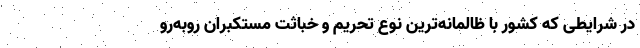
در شرایطی که کشور با ظالمانه‌ترین نوع تحریم و خباثت مستکبران روبه‌رو